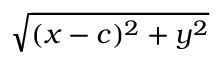
\sqrt { ( x - c ) ^ { 2 } + y ^ { 2 } }